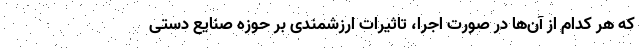
که هر کدام از آن‌ها در صورت اجرا، تاثیرات ارزشمندی بر حوزه صنایع دستی